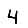
Digit: 4